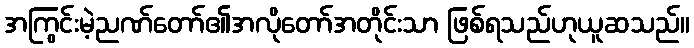
အကြွင်းမဲ့ညဏ်တော်၏အလိုတော်အတိုင်းသာ ဖြစ်ရသည်ဟုယူဆသည်။